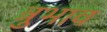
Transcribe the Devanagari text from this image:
त्रुभाव